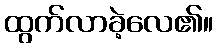
ထွက်လာခဲ့လေ၏။